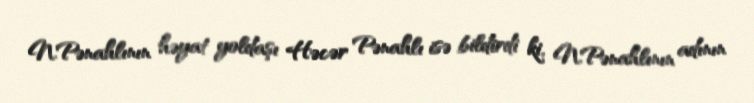
N.Pənahlının həyat yoldaşı Həcər Pənahlı isə bildirdi ki, N.Pənahlının adının